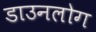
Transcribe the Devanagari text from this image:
डाउनलोग